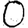
Digit: 0